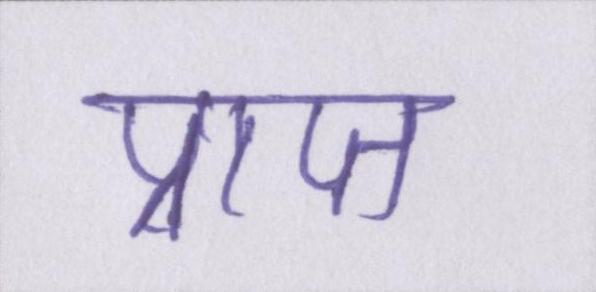
प्राप्त